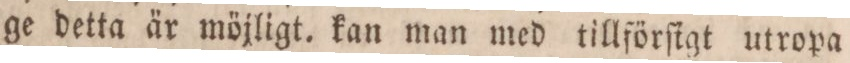
ge detta är möjligt. kan man med tillförſigt utropa